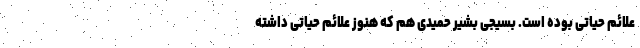
علائم حیاتی بوده است. بسیجی بشیر حمیدی هم که هنوز علائم حیاتی داشته